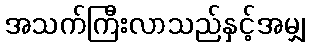
အသက်ကြီးလာသည်နှင့်အမျှ